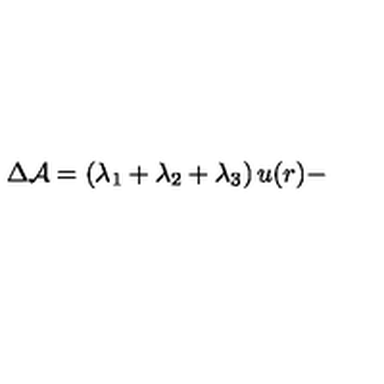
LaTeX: \Delta { \cal A } = \left( \lambda _ { 1 } + \lambda _ { 2 } + \lambda _ { 3 } \right) u ( r ) -